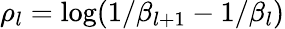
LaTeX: \rho_{l}=\log(1/\beta_{l+1}-1/\beta_{l})